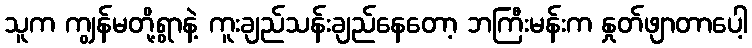
သူက ကျွန်မတို့ရွာနဲ့ ကူးချည်သန်းချည်နေတော့ ဘကြီးမန်းက နှုတ်ဖျာတာပေါ့